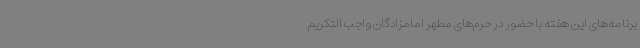
برنامه‌های این هفته با حضور در حرم‌های مطهر امامزادگان واجب التکریم